Indian journal of veterinary science and animal husbandry - Volume 5,
Year: 1935
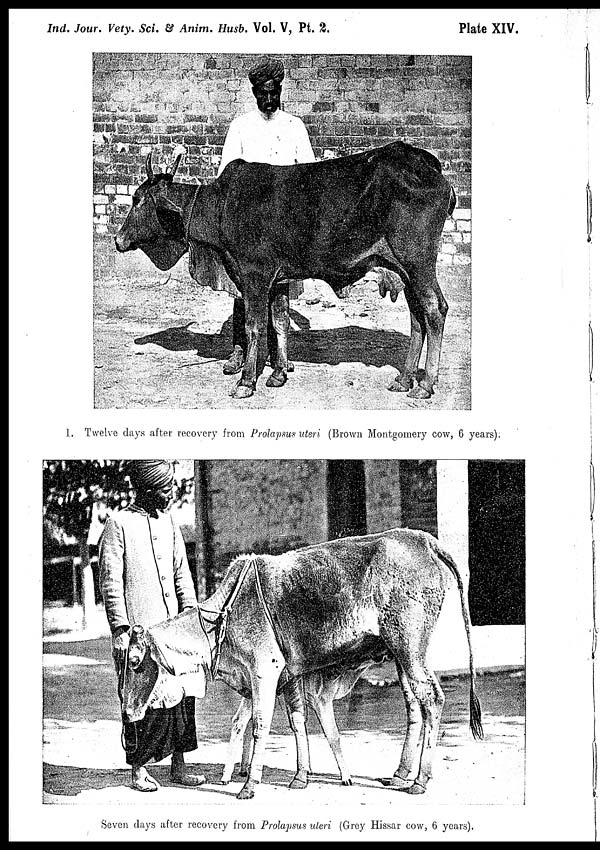
Ind. Jour. Vety. Sci. & Anim. Husb. Vol. V, Pt.
2.
Plate XIV.
1. Twelve days after recovery from Prolapsus uteri (Brown Montgomery cow, 6 years).
Seven days after recovery from Prolapsus uteri (Grey Hissar cow, 6 years).